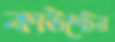
কাউন্টের